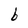
Character: b